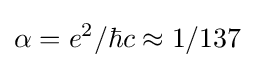
\alpha =e^{2}/\hbar c\approx 1/137